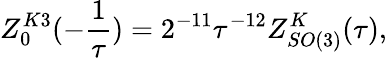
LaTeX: Z_{0}^{K3}(-\frac{1}{\tau})=2^{-11}\tau^{-12}Z_{SO(3)}^{K}(\tau),